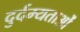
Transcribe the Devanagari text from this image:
दुर्दम्यताओं